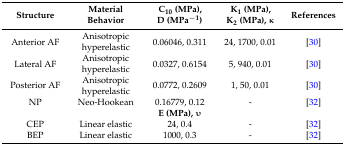
<table><thead><tr><td><b>Structure</b></td><td><b>Material Behavior</b></td><td><b>C<sub>10</sub> (MPa), D (MPa<sup>−1</sup>)</b></td><td><b>K<sub>1</sub> (MPa), K<sub>2</sub> (MPa), κ</b></td><td><b>References</b></td></tr></thead><tbody><tr><td>Anterior AF</td><td>Anisotropic hyperelastic</td><td>0.06046, 0.311</td><td>24, 1700, 0.01</td><td>[30]</td></tr><tr><td>Lateral AF</td><td>Anisotropic hyperelastic</td><td>0.0327, 0.6154</td><td>5, 940, 0.01</td><td>[30]</td></tr><tr><td>Posterior AF</td><td>Anisotropic hyperelastic</td><td>0.0772, 0.2609</td><td>1, 50, 0.01</td><td>[30]</td></tr><tr><td>NP</td><td>Neo-Hookean</td><td>0.16779, 0.12</td><td>-</td><td>[32]</td></tr><tr><td></td><td></td><td><b>E (MPa), υ</b></td><td></td><td></td></tr><tr><td>CEP</td><td>Linear elastic</td><td>24, 0.4</td><td>-</td><td>[32]</td></tr><tr><td>BEP</td><td>Linear elastic</td><td>1000, 0.3</td><td>-</td><td>[32]</td></tr></tbody></table>